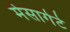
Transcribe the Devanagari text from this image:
मेसागेटे